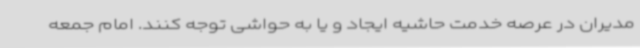
مدیران در عرصه خدمت حاشیه ایجاد و یا به حواشی توجه کنند. امام جمعه